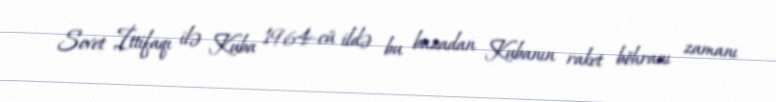
Sovet İttifaqı ilə Kuba 1964-cü ildə bu bazadan Kubanın raket böhranı zamanı